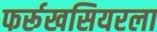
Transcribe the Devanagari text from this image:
फर्रूखसियरला